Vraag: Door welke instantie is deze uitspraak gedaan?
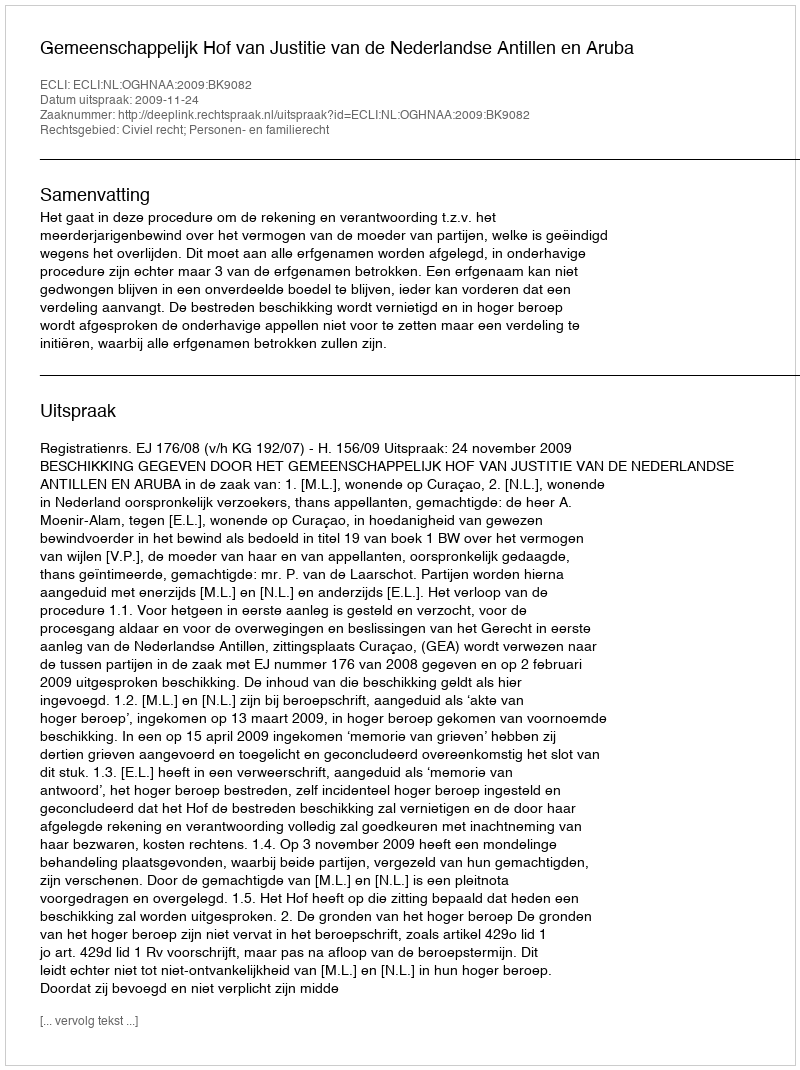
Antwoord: Gemeenschappelijk Hof van Justitie van de Nederlandse Antillen en Aruba